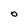
Character: O